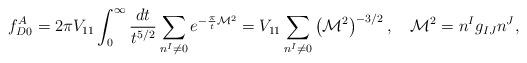
LaTeX: \begin{align*}f^A_{D0} = 2\pi V_{11} \int_{0}^{\infty} \frac{dt}{t^{5/2}}\sum_{n^I\ne 0} e^{-\frac{\pi}{t} {\cal M}^2} = V_{11} \sum_{n^I\ne 0} \left({\cal M}^2\right)^{-3/2}, \quad{\cal M}^2 = n^I g_{IJ} n^J,\end{align*}